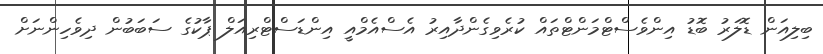
ބިލިއަން ޑޮލަރު ބޮޑު އިންވެސްޓްމަންޓްތައް ކުރެވިގެންދާއިރު އެސްއެމްއީ އިންޑަސްޓްރިއަލް ޕާކުގެ ސަބަބުން ދިވެހިންނަށް